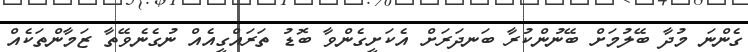
ގެންނަ މުދާ ބޭލުމަށް ބޭނުންކުރާ ބަނދަރަށް އެކަށީގެންވާ ބޮޑު ތަރައްގީއެއް ނުގެނެވޭތާ ޒަމާންތަކެއް